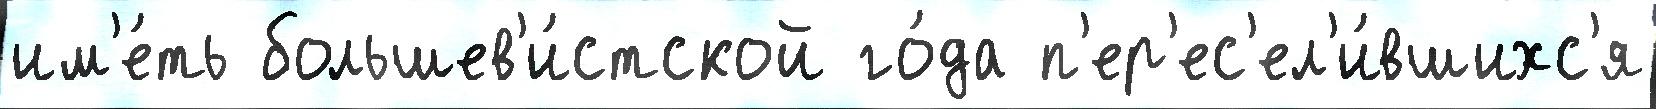
им'е́ть большев'и́стской го́да п'ер'ес'ел'и́вшихс'я